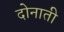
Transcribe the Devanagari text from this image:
दोनाती